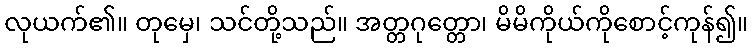
လုယက်၏။ တုမှေ၊ သင်တို့သည်။ အတ္တဂုတ္တော၊ မိမိကိုယ်ကိုစောင့်ကုန်၍။